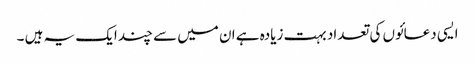
ایسی دعائوں کی تعداد بہت زیادہ ہے ان میں سے چند ایک یہ ہیں ۔